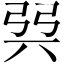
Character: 㢲